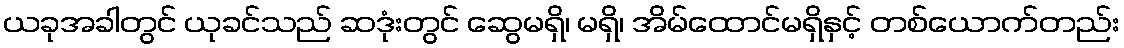
ယခုအခါတွင် ယုခင်သည် ဆဒုံးတွင် ဆွေမရှိ၊ မရှိ၊ အိမ်ထောင်မရှိနှင့် တစ်ယောက်တည်း